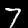
Digit: 7